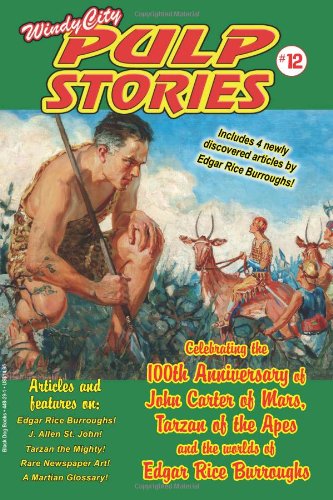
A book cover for Windy City Pulp Stories No.12; Tom Roberts; Crafts, Hobbies & Home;